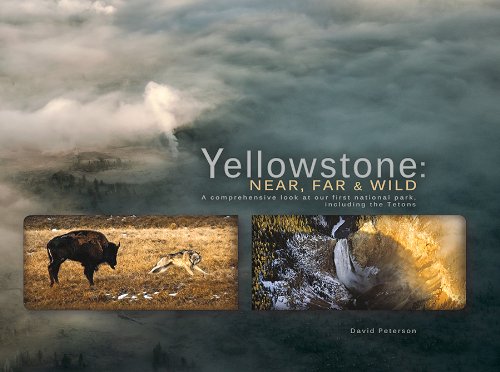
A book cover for Yellowstone: Near, Far and Wild; David Peterson; Travel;